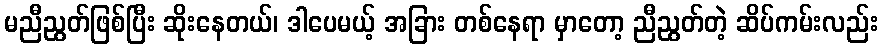
မညီညွတ်ဖြစ်ပြီး ဆိုးနေတယ်၊ ဒါပေမယ့် အခြား တစ်နေရာ မှာတော့ ညီညွတ်တဲ့ ဆိပ်ကမ်းလည်း